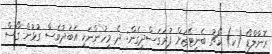
ރޮނާލްޑޯ (ކ) ކޯޗު ބެނީޓޭޒަށް ފުރަގަސްދީގެން: ދެ މީހުންނަކީ އަބަދުވެސް ގުޅުން ގޯސް